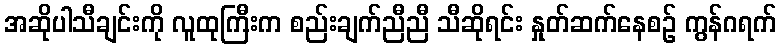
အဆိုပါသီချင်းကို လူထုကြီးက စည်းချက်ညီညီ သီဆိုရင်း နှုတ်ဆက်နေစဉ် ကွန်ဂရက်